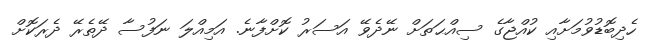
ހެދިބޮޑުވުމަށާއި ކުއްޖާގެ ސިއްޙަތަށް ނޭދެވޭ އަސަރު ކޮށްފާނެ. އަމިއްލަ ނަފުސާ ދޭތެރޭ ދެރަކޮށް